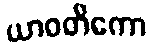
ယာဝတိကော